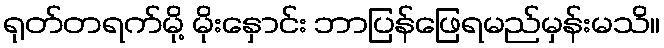
ရုတ်တရက်မို့ မိုးနှောင်း ဘာပြန်ဖြေရမည်မှန်းမသိ။